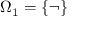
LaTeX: \Omega _ { 1 } = \{ \lnot \}